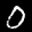
Label: 0